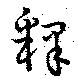
釋